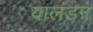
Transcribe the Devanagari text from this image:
यालंडन